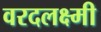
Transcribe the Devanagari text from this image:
वरदलक्ष्मी